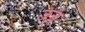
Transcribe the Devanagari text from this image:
ज्ज्